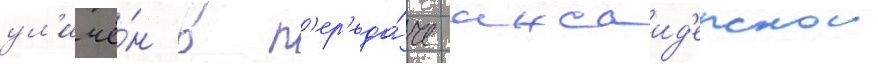
ул'ичё́н в п'ер'еда́че инсаид'ерскои